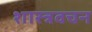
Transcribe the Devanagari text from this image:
शास्त्रवचन